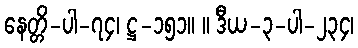
နေတ္တိ-ပါ-၇၄၊ ဋ္ဌ-၁၅၁။ ။ ဒီယ-၃-ပါ-၂၃၄၊